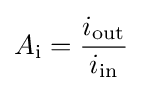
A_{\mathrm {i} }={i_{\text{out}} \over i_{\text{in}}}